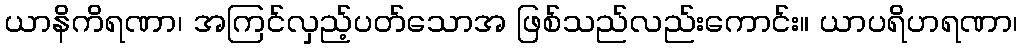
ယာနိကိရဏာ၊ အကြင်လှည့်ပတ်သောအ ဖြစ်သည်လည်းကောင်း။ ယာပရိဟရဏာ၊